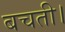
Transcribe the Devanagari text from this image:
बचती।